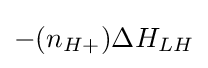
-(n_{H+})\Delta H_{LH}